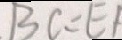
B C = E F